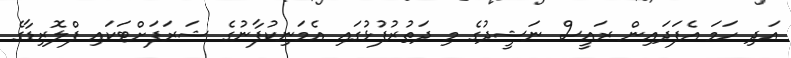
އަދި ހަމަ އެފަދައިން ރައީސް ނަޝީދުގެ މި ދަތުރުފުޅުގައި އެމަނިކުފާނުގެ ޝަރަފަށްޓަކައި ފްލޮރިޑާގެ